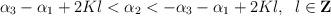
LaTeX: \begin{align*}\alpha_{3}-\alpha_{1}+2Kl<\alpha_{2}<-\alpha_{3}-\alpha_{1}+2Kl,\;\;l\in{\bf Z}\end{align*}